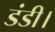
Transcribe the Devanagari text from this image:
डंडी।